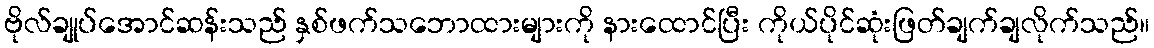
ဗိုလ်ချုပ်အောင်ဆန်းသည် နှစ်ဖက်သဘောထားများကို နားထောင်ပြီး ကိုယ်ပိုင်ဆုံးဖြတ်ချက်ချလိုက်သည်။